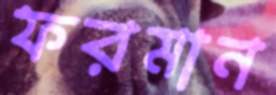
ফরমান